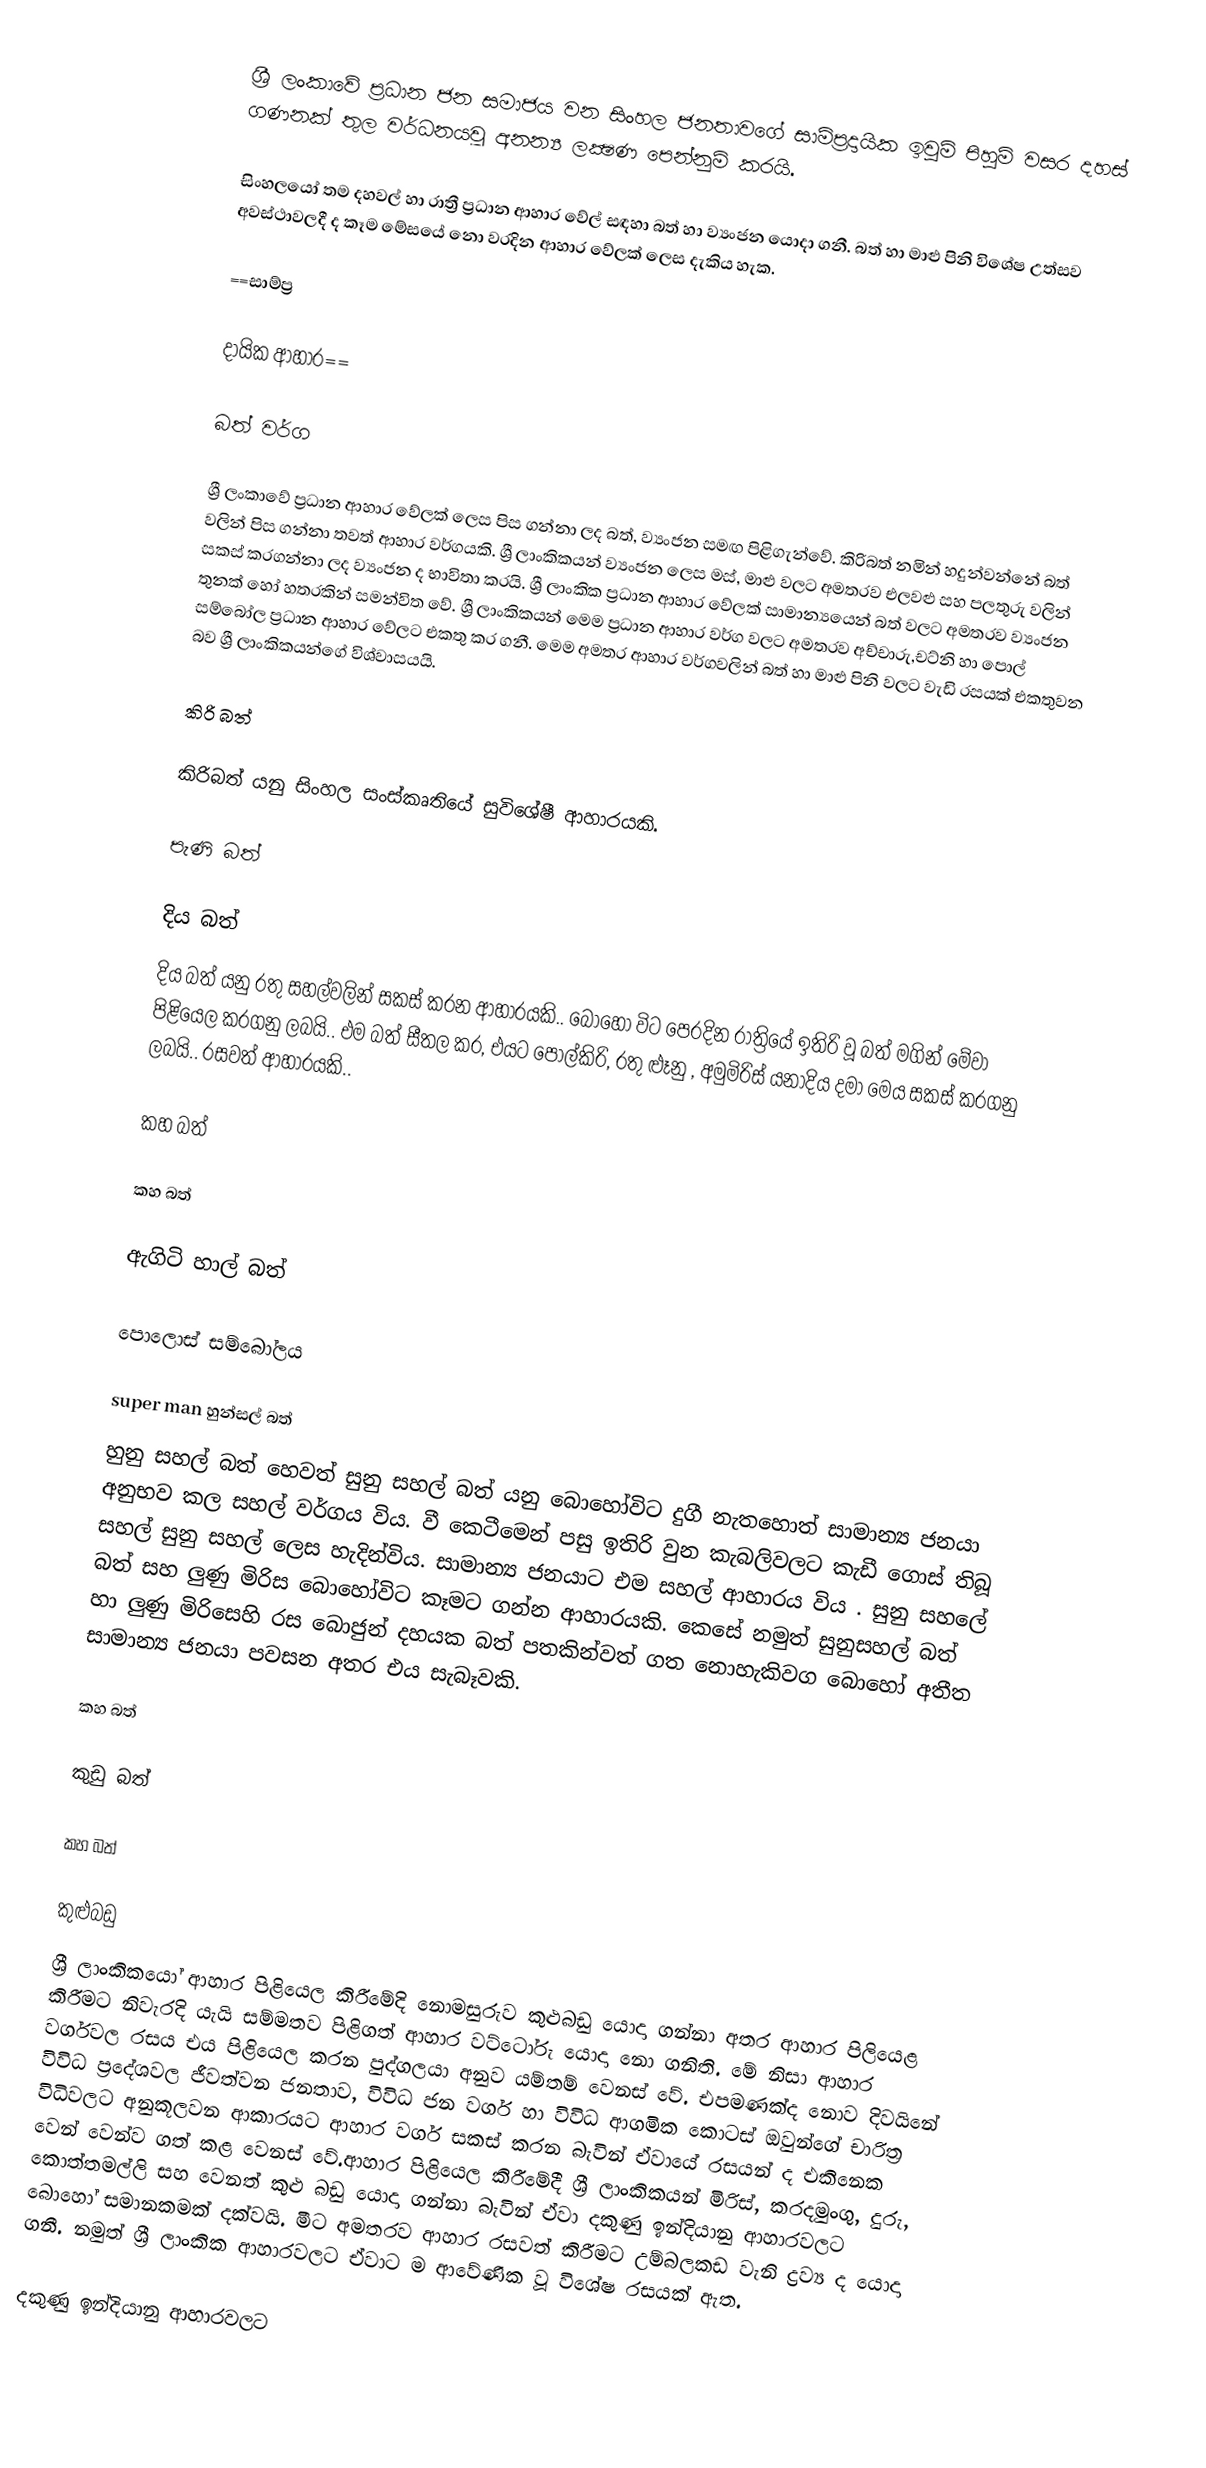
ශ්‍රී ලංකාවේ ප්‍රධාන ජන සමාජය වන සිංහල ජනතාවගේ සාම්ප්‍රදායික ඉවුම් පිහුම් වසර දහස් ගණනක් තුල වර්ධනයවූ අනන්‍ය ලක්‍ෂණ පෙන්නුම් කරයි.

සිංහලයෝ තම දහවල් හා රාත්‍රී ප්‍රධාන ආහාර වේල් සඳහා බත් හා ව්‍යංජන යොදා ගනී. බත් හා මාළු පිනි විශේෂ උත්සව අවස්ථාවලදී ද කෑම මේසයේ නො වරදින ආහාර වේලක් ලෙස දැකිය හැක.

==සාම්ප්‍ර

දායික ආහාර==

බත් වර්ග

ශ්‍රී ලංකාවේ ප්‍රධාන ආහාර වේලක් ලෙස පිස ගන්නා ලද බත්, ව්‍යංජන සමඟ පිළිගැන්වේ. කිරිබත් නමින් හදුන්වන්නේ බත් වලින් පිස ගන්නා තවත් ආහාර වර්ගයකි. ශ්‍රී ලාංකිකයන් ව්‍යංජන ලෙස මස්, මාළු වලට අමතරව එලවළු සහ පලතුරු වලින් සකස් කරගන්නා ලද ව්‍යංජන ද භාවිතා කරයි. ශ්‍රී ලාංකික ප්‍රධාන ආහාර වේලක් සාමාන්‍යයෙන් බත් වලට අමතරව ව්‍යංජන තුනක් හෝ හතරකින් සමන්විත වේ. ශ්‍රී ලාංකිකයන් මෙම ප්‍රධාන ආහාර වර්ග වලට අමතරව අච්චාරු,චට්නි හා පොල් සම්බෝල ප්‍රධාන ආහාර වේලට එකතු කර ගනී. මෙම අමතර ආහාර වර්ගවලින් බත් හා මාළු පිනි වලට වැඩි රසයක් එකතුවන බව ශ්‍රී ලාංකිකයන්ගේ විශ්වාසයයි.

කිරි බත්

කිරිබත් යනු සිංහල සංස්කෘතියේ සුවිශේෂී ආහාරයකි.

පැණි බත්

දිය බත්
දිය බත් යනු රතු සහල්වලින් සකස් කරන ආහාරයකි.. බොහෝ විට පෙරදින රාත්‍රියේ ඉතිරි වූ බත් මගින් මේවා පිළියෙල කරගනු ලබයි.. එම බත් සීතල කර, එයට පොල්කිරි, රතු ළූනු , අමුමිරිස් යනාදිය දමා මෙය සකස් කරගනු ලබයි.. රසවත් ආහාරයකි..

කහ බත්

කහ බත්

ඇගිටි හාල් බත්

පොලොස් සම්බෝලය

super man හුන්සල්  බත්
හුනු සහල් බත් හෙවත් සුනු සහල් බත් යනු බොහෝවිට දුගී නැතහොත් සාමාන්‍ය ජනයා අනුභව කල සහල් වර්ගය විය. වී කෙටීමෙන් පසු ඉතිරි වුන කැබලිවලට කැඩී ගොස් තිබූ සහල් සුනු සහල් ලෙස හැදින්විය. සාමාන්‍ය ජනයාට එම සහල් ආහාරය විය . සුනු සහලේ බත් සහ ලුණු මිරිස බොහෝවිට කෑමට ගන්න ආහාරයකි. කෙසේ නමුත් සුනුසහල් බත් හා ලුණු මිරිසෙහි රස බොජුන් දහයක බත් පතකින්වත් ගත නොහැකිවග බොහෝ අතීත සාමාන්‍ය ජනයා පවසන අතර එය සැබෑවකි.

කහ බත්

කුඩු බත්

කහ බත්

කුළුබඩු
ශ්‍රී ලාංකිකයෝ ආහාර පිළියෙල කිරීමේදි නොමසුරුව කුළුබඩු යොදා ගන්නා අතර ආහාර පිලියෙළ කිරීමට නිවැරදි යැයි සම්මතව පිළිගත් ආහාර වට්ටෝරු යොදා නො ගනිති. මේ නිසා ආහාර වර්ගවල රසය එය පිළියෙල කරන පුද්ගලයා අනුව යම්තම් වෙනස් වේ. එපමණක්ද නොව දිවයිනේ විවිධ ප්‍රදේශවල ජීවත්වන ජනතාව, විවිධ ජන වර්ග හා විවිධ ආගමික කොටස් ඔවුන්ගේ චාරිත්‍ර විධිවලට අනුකූලවන ආකාරයට ආහාර වර්ග සකස් කරන බැවින් ඒවායේ රසයන් ද එකිනෙක වෙන් වෙන්ව ගත් කළ වෙනස් වේ.ආහාර පිළියෙල කිරීමේදී ශ්‍රී ලාංකිකයන් මිරිස්, කරදමුංගු, දුරු, කොත්තමල්ලි සහ වෙනත් කුළු බඩු යොදා ගන්නා බැවින් ඒවා දකුණු ඉන්දියානු ආහාරවලට බොහෝ සමානකමක් දක්වයි. මීට අමතරව ආහාර රසවත් කිරීමට උම්බලකඩ වැනි ද්‍රව්‍ය ද යොදා ගනී. නමුත් ශ්‍රී ලාංකික ආහාරවලට ඒවාට ම ආවේණික වූ විශේෂ රසයක් ඇත.

දකුණු ඉන්දියානු ආහාරවලට